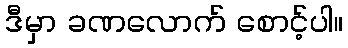
ဒီမှာ ခဏလောက် စောင့်ပါ။